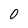
Character: 0